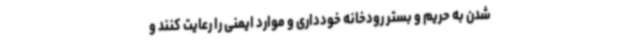
شدن به حریم و بستر رودخانه خودداری و موارد ایمنی را رعایت کنند و